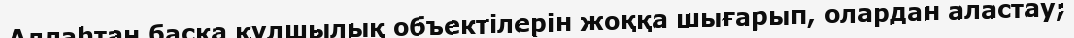
Аллаһтан басқа құлшылық объектілерін жоққа шығарып, олардан аластау;